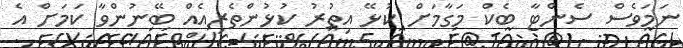
ނަމަވެސް ސެންޓާ ބެކް މަގާމަށް ކުޅޭ އިތުރު ކުޅުންތެރިއެއް ބޭނުންވާ ކަމަށް އެ